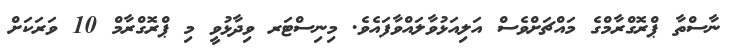
ނާސްތާ ޕްރޮގްރާމްގެ މައްޗަށްވެސް އަލިއަޅުވާލައްވާފައެވެ. މިނިސްޓަރ ވިދާޅުވީ މި ޕްރޮގްރާމް 10 ވަރަކަށް